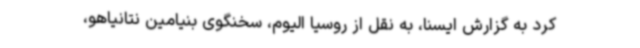
کرد به گزارش ایسنا، به نقل از روسیا الیوم، سخنگوی بنیامین نتانیاهو،